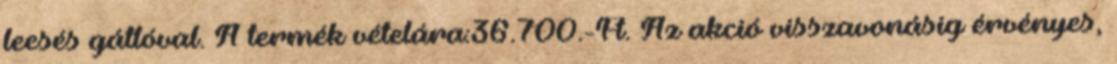
leesés gátlóval. A termék vételára:36.700.-Ft. Az akció visszavonásig érvényes,